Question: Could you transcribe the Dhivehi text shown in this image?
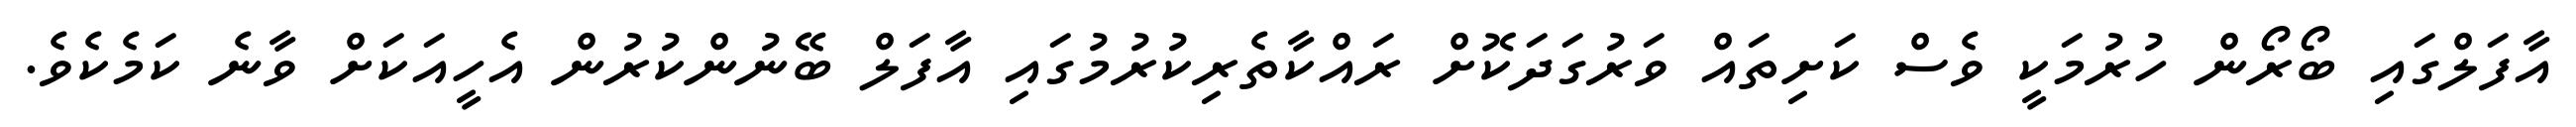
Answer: އާފަލްގައި ބޯރޯން ހުރުމަކީ ވެސް ކަށިތައް ވަރުގަދަކޮށް ރައްކާތެރިކުރުމުގައި އާފަލް ބޭނުންކުރުން އެހީއަކަށް ވާނެ ކަމެކެވެ.